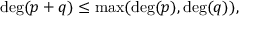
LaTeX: \deg ( p + q ) \leq \operatorname* { m a x } ( \deg ( p ) , \deg ( q ) ) ,